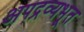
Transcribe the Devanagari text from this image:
अपद्रव्यभूत